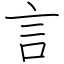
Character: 言